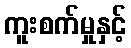
ကူးစက်မှုနှင့်